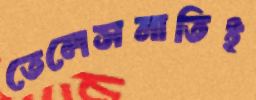
তেলেসমাতিই